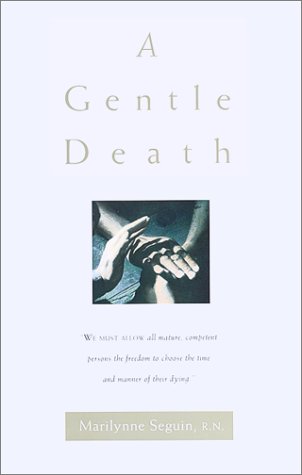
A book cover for A Gentle Death; Marilynne Seguin; Medical Books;